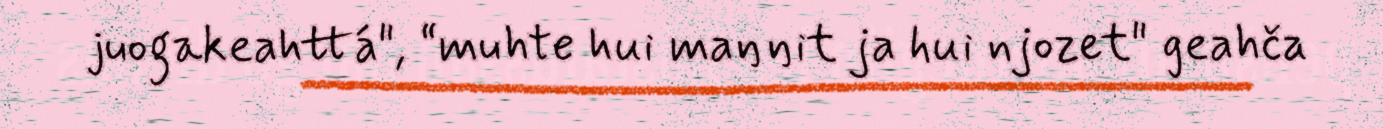
juogakeahttá", “muhte hui maŋŋit ja hui njozet" geahča